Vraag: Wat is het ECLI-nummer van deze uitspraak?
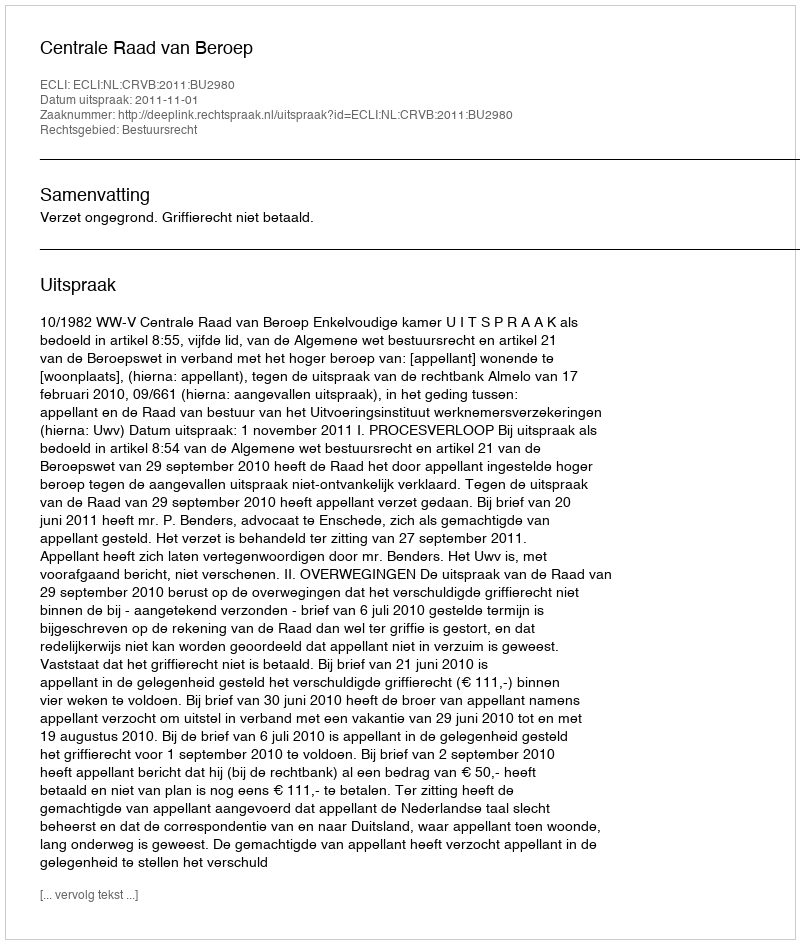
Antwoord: ECLI:NL:CRVB:2011:BU2980